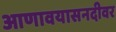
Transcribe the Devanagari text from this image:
आणावयासनदीवर